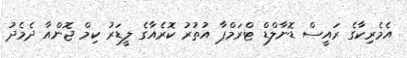
އެމެރިކާގެ ރައީސް ޑޮނާލްޑް ޓްރަމްްޕާ އުތުރު ކޮރެއާގެ ލީޑަރު ކިމް ޖޮންއާ ދެމެދު